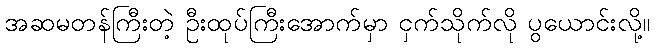
အဆမတန်ကြီးတဲ့ ဦးထုပ်ကြီးအောက်မှာ ငှက်သိုက်လို ပွယောင်းလို့။